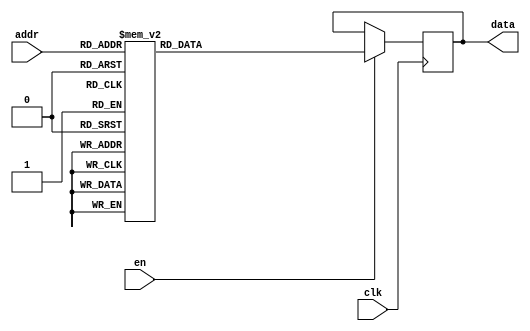
module maprom2(clk, en, addr, data);
	input clk;
	input en;
	input [3:0] addr;
	output reg [7:0] data;

	always @(posedge clk)
	begin
		if(en)
		begin
			case(addr)
				4'b0000: data <= 8'b00001111;
				4'b0001: data <= 8'b11111100;
				4'b0010: data <= 8'b00100111;
				4'b0011: data <= 8'b11101010;
				4'b0100: data <= 8'b10001110;
				4'b0101: data <= 8'b10010010;
				4'b0110: data <= 8'b10110110;
				4'b0111: data <= 8'b11100100;
				4'b1000: data <= 8'b00011000;
				4'b1001: data <= 8'b00111101;
				default: data <= 0;
			endcase
		end
	end
endmodule